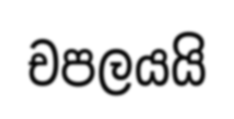
චපලයයි